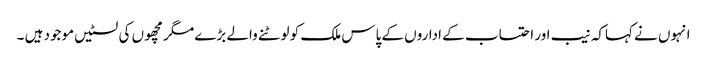
انہوں نے کہاکہ نیب اور احتساب کے اداروں کے پاس ملک کو لوٹنے والے بڑے مگر مچھوں کی لسٹیں موجود ہیں ۔